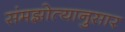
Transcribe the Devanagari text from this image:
संमझोत्यानुसार